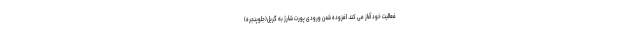
فعالیت خود آغاز می کند. افزوده شدن ورودی پورت شارژ به گریل(جلوپنجره)